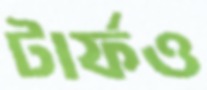
টার্ফও